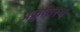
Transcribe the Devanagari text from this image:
प्रक्रुतिस्य